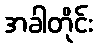
အခါတိုင်း